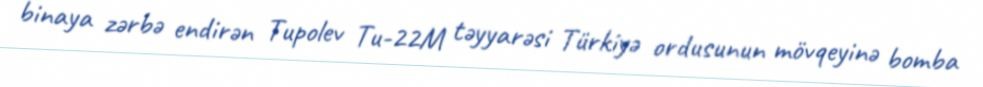
binaya zərbə endirən Tupolev Tu-22M təyyarəsi Türkiyə ordusunun mövqeyinə bomba